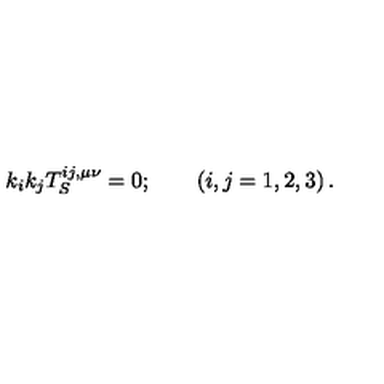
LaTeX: k _ { i } k _ { j } T _ { S } ^ { i j , \mu \nu } = 0 ; \qquad \left( i , j = 1 , 2 , 3 \right) .